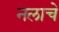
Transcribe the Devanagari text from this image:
नलाचे